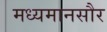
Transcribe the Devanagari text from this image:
मध्यमानसौर